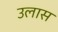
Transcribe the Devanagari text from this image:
उलास